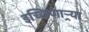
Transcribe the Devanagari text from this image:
इच्छिणाऱ्र्‍या